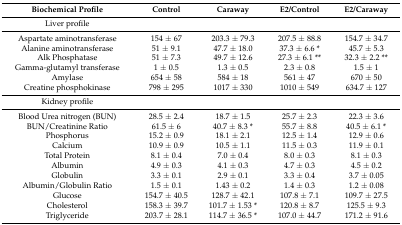
<table><thead><tr><td><b>Biochemical Profile</b></td><td><b>Control</b></td><td><b>Caraway</b></td><td><b>E2/Control</b></td><td><b>E2/Caraway</b></td></tr></thead><tbody><tr><td>Liver profile</td><td></td><td></td><td></td><td></td></tr><tr><td>Aspartate aminotransferase</td><td>154 ± 67</td><td>203.3 ± 79.3</td><td>207.5 ± 88.8</td><td>154.7 ± 34.7</td></tr><tr><td>Alanine aminotransferase</td><td>51 ± 9.1</td><td>47.7 ± 18.0</td><td>37.3 ± 6.6 *</td><td>45.7 ± 5.3</td></tr><tr><td>Alk Phosphatase</td><td>51 ± 7.3</td><td>49.7 ± 12.6</td><td>27.3 ± 6.1 **</td><td>32.3 ± 2.2 **</td></tr><tr><td>Gamma-glutamyl transferase</td><td>1 ± 0.5</td><td>1.3 ± 0.5</td><td>2.3 ± 0.8</td><td>1.5 ± 1</td></tr><tr><td>Amylase</td><td>654 ± 58</td><td>584 ± 18</td><td>561 ± 47</td><td>670 ± 50</td></tr><tr><td>Creatine phosphokinase </td><td>798 ± 295</td><td>1017 ± 330</td><td>1010 ± 549</td><td>634.7 ± 127</td></tr><tr><td>Kidney profile</td><td></td><td></td><td></td><td></td></tr><tr><td>Blood Urea nitrogen (BUN)</td><td>28.5 ± 2.4</td><td>18.7 ± 1.5</td><td>25.7 ± 2.3</td><td>22.3 ± 3.6</td></tr><tr><td>BUN/Creatinine Ratio</td><td>61.5 ± 6</td><td>40.7 ± 8.3 *</td><td>55.7 ± 8.8</td><td>40.5 ± 6.1 *</td></tr><tr><td>Phosphorus</td><td>15.2 ± 0.9</td><td>18.1 ± 2.1</td><td>12.5 ± 1.4</td><td>12.9 ± 0.6</td></tr><tr><td>Calcium</td><td>10.9 ± 0.9</td><td>10.5 ± 1.1</td><td>11.5 ± 0.3</td><td>11.9 ± 0.1</td></tr><tr><td>Total Protein</td><td>8.1 ± 0.4</td><td>7.0 ± 0.4</td><td>8.0 ± 0.3</td><td>8.1 ± 0.3</td></tr><tr><td>Albumin</td><td>4.9 ± 0.3</td><td>4.1 ± 0.3</td><td>4.7 ± 0.3</td><td>4.5 ± 0.2</td></tr><tr><td>Globulin</td><td>3.3 ± 0.1</td><td>2.9 ± 0.1</td><td>3.3 ± 0.4</td><td>3.7 ± 0.05</td></tr><tr><td>Albumin/Globulin Ratio</td><td>1.5 ± 0.1</td><td>1.43 ± 0.2</td><td>1.4 ± 0.3</td><td>1.2 ± 0.08</td></tr><tr><td>Glucose</td><td>154.7 ± 40.5</td><td>128.7 ± 42.1</td><td>107.8 ± 7.1</td><td>109.7 ± 27.5</td></tr><tr><td>Cholesterol</td><td>158.3 ± 39.7</td><td>101.7 ± 1.53 *</td><td>120.8 ± 8.7</td><td>125.5 ± 9.3</td></tr><tr><td>Triglyceride</td><td>203.7 ± 28.1</td><td>114.7 ± 36.5 *</td><td>107.0 ± 44.7</td><td>171.2 ± 91.6</td></tr></tbody></table>